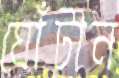
ঘোঁটান